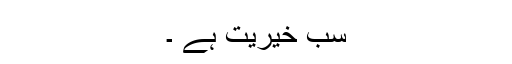
سب خیریت ہے ۔